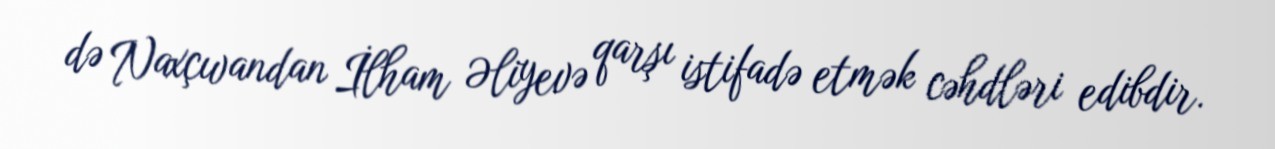
də Naxçıvandan İlham Əliyevə qarşı istifadə etmək cəhdləri edibdir.